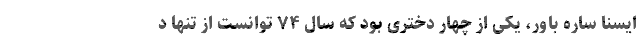
ایسنا ساره باور، یکی از چهار دختری بود که سال ۷۴ توانست از تنها د